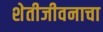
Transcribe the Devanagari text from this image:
शेतीजीवनाचा